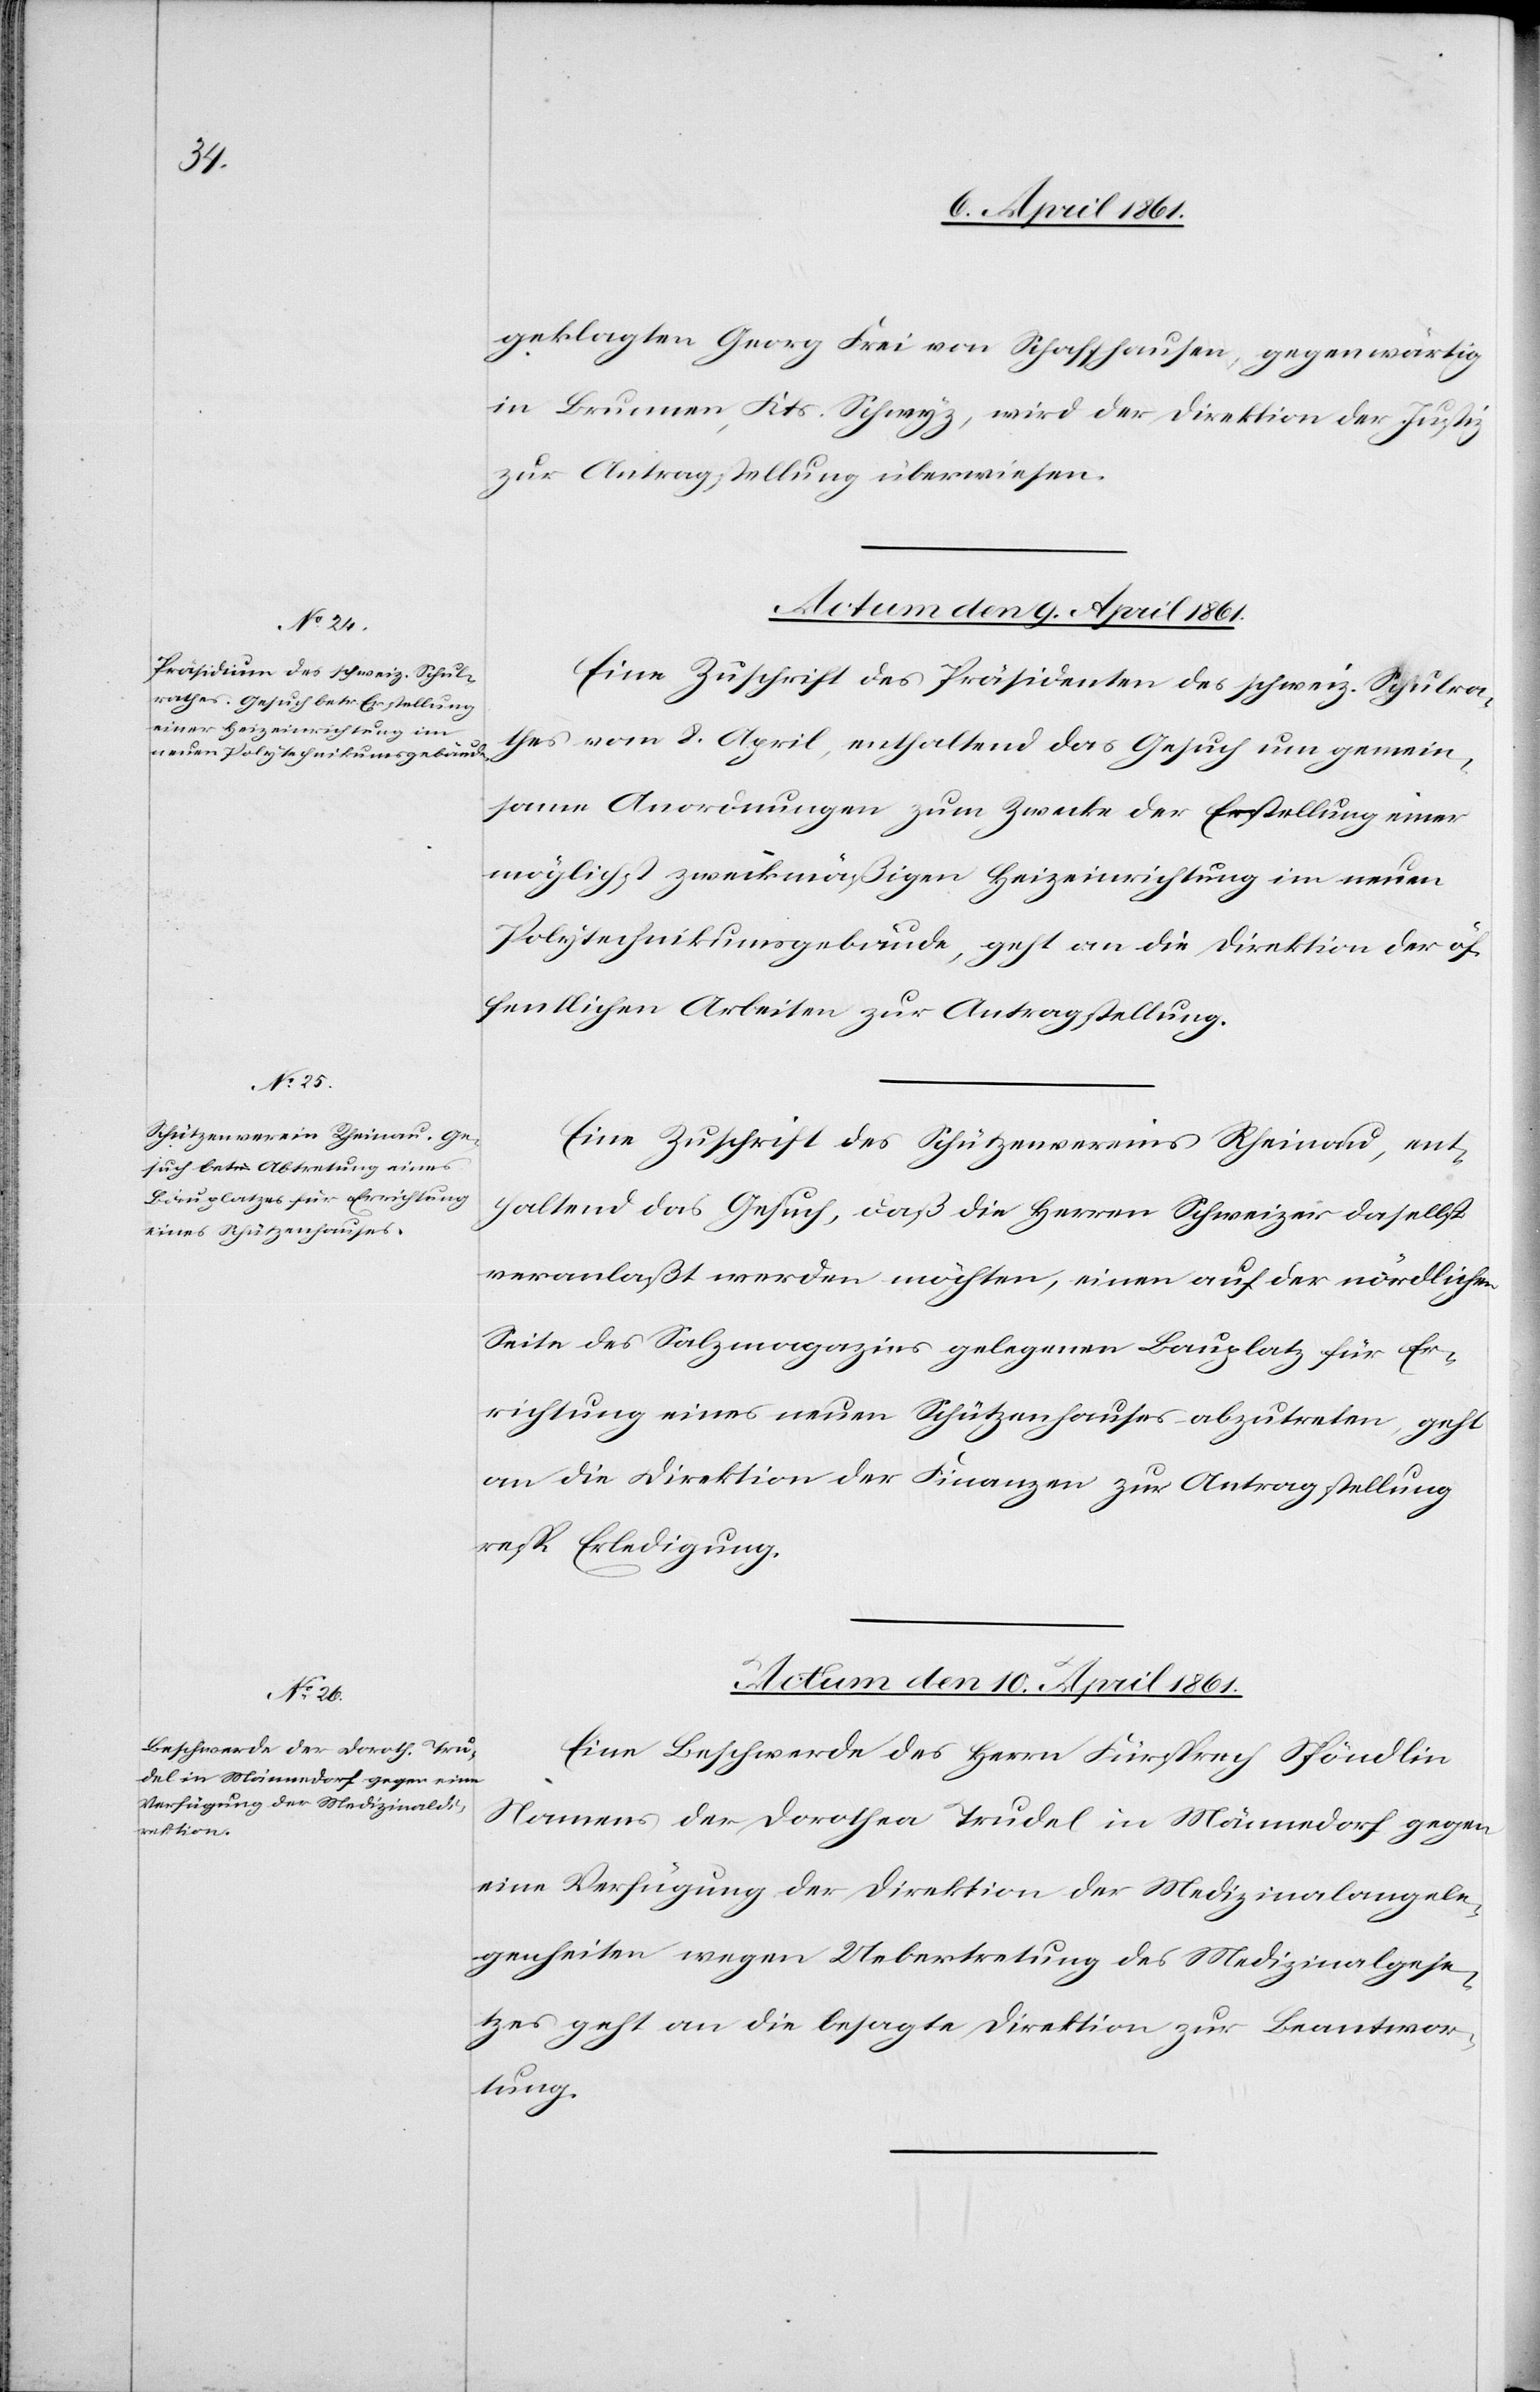
geklagten Georg Frei von Schaffhausen, gegenwärtig
in Brunnen, Kts. Schwyz, wird der Direktion der Justiz
zur Antragstellung überwiesen.
Actum den 9. April 1861.]
Eine Zuschrift des Präsidenten des schweiz. Schulra¬
thes vom 8. April, enthaltend das Gesuch um gemein¬
same Anordnungen zum Zwecke der Erstellung einer
möglichst zweckmäßigen Heizeinrichtung im neuen
Polytechnikumsgebäude, geht an die Direktion der öf¬
fentlichen Arbeiten zur Antragstellung.
Eine Zuschrift des Schützenvereins Rheinau, en¬
thaltend das Gesuch, daß die Herren Schweizer daselbst
veranlaßt werden möchten, einen auf der nördlichen
Seite des Salzmagazins gelegenen Bauplatz für Er¬
richtung eines neuen Schützenhauses abzutreten, geht
an die Direktion der Finanzen zur Antragstellung
resp. Erledigung.
Actum den 10. April 1861.
Eine Beschwerde des Herrn Fürsprech Spöndlin
Namens der Dorothea Trudel in Männedorf gegen
eine Verfügung der Direktion der Medizinalangele¬
genheiten wegen Uebertretung des Medizinalgese¬
tzes geht an die besagte Direktion zur Beantwor¬
tung.